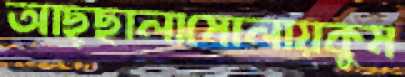
আছ্ছালামোলায়কুম